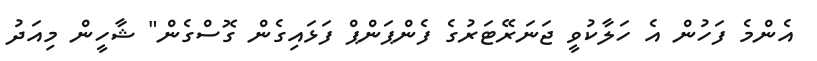
އެންމެ ފަހުން އެ ހަލާކުވީ ޖަނަރޭޓަރުގެ ފެންޕަންޕް ފަޅައިގެން ގޮސްގެން" ޝާހީން މިއަދު